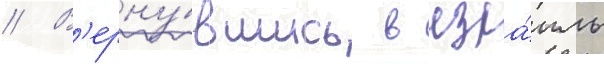
// В'ерну́вшись в изра́иль